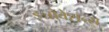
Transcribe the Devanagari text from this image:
इन्नोवेशन्स